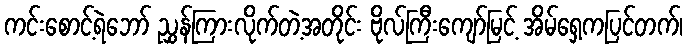
ကင်းစောင့်ရဲဘော် ညွှန်ကြားလိုက်တဲ့အတိုင်း ဗိုလ်ကြီးကျော်မြင့် အိမ်ရှေ့ကပြင်တက်၊